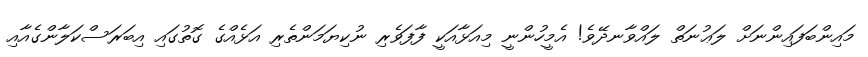
މައިންބަފައިންނަށް ލަޢުނަތް ލައްވާނދޭވެ! އެމީހުންނީ މިއަޅާއަކީ ފާފަވެރި ނުކިޔަމަންތެރި އަޅެއްގެ ގޮތުގައި އިބަރަސްކަލާންގެއާއި